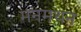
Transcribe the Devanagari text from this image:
मनमथन